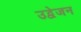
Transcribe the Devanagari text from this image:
उद्वेजन